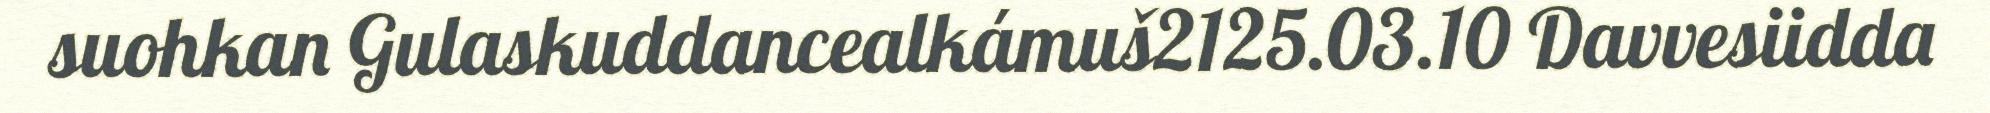
suohkan Gulaskuddancealkámuš2125.03.10 Davvesiidda